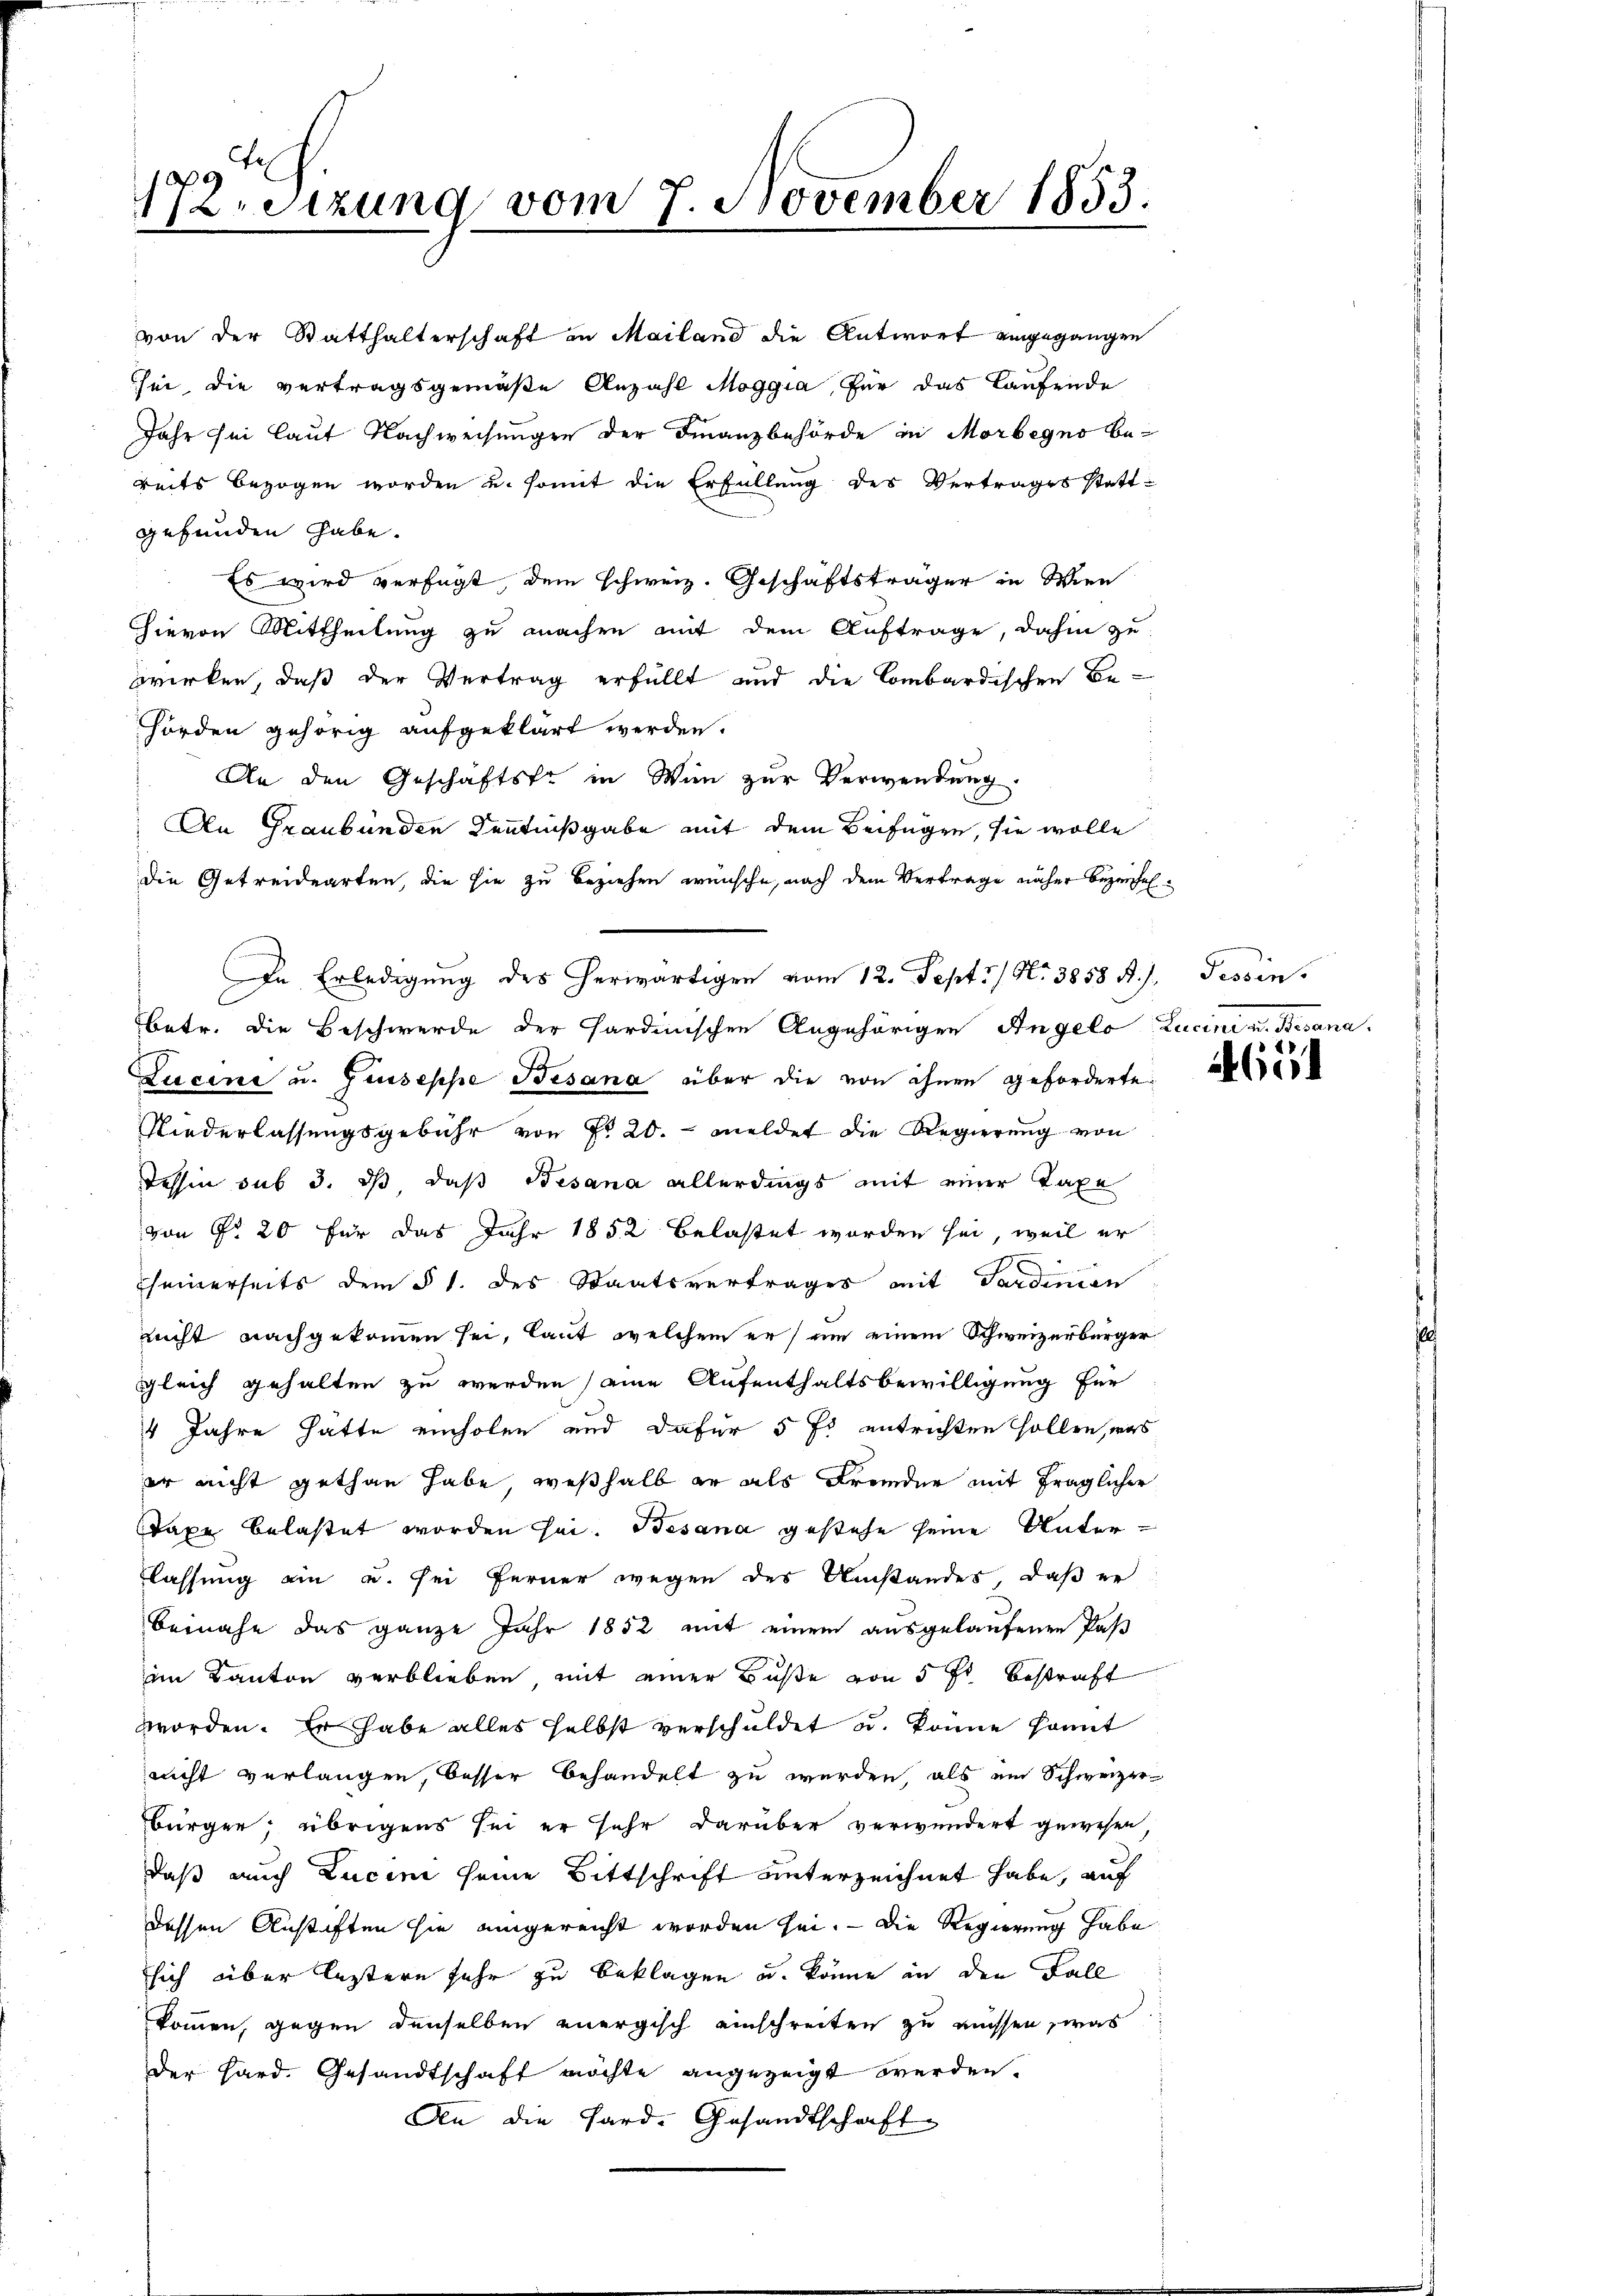
72.sizung vom 7. November 1853.
 4

die Getreidearten, die sie zu beziehen wünsche, nach dem Vertrage näher Bezeichn
betr. die Beschwerde der Sardinischen Angehörigen Angelo Lucini v. Besana.
Lucini u. Giuseppe Besana über die von ihnen geforderte
Niederlassungsgebühr von Fr. 20. meldet die Regierung von
Tessin sub 3. dß daß Besana allerdings mit einer Taxe
von No 20 für das Jahr 1852 belastet worden sei, weil er
seinerseits dem § 1. des Staatsvertrages mit Sardinien
nicht nachgekommen sei, laut welchem er um einem Schweizerbürger
gleich gehalten zu werden eine Aufenthaltsbewilligung für
4 Jahre hatte einholen und dafür 5 fs entrichten sollen, was
er nicht gethan habe, weßhalb er als Fremder mit fraglicher
Taxe belastet worden sei. Besana gestehe seine Unterlassung ein u. sei ferner wegen des Umstandes, daß er
Beinahe das ganze Jahr 1852 mit einem ausgelaufenen Paß
im Kanton verblieben, mit einer Buße von 5 fl bestraft
worden. Er habe alles selbst verschuldet u. könne kannt
nicht verlangen, besser behandelt zu werden, als ein Schweizer-
Bürger; übrigens sei er sehr darüber verwundert gewesen.
daß auch Lucini seine Bittschrift unterzeichnet habe, auf
dessen Anstiften sie eingereicht worden sei. — Die Regierung habe
sich über leztern sehr zu beklagen u. könne in den Fall
kommen, gegen denselben energisch einschreiten zu müssen, was
der Hard. Gesandtschaft möchte angezeigt werden.
An die Hard. Gesandtschaft

von der Statthalterschaft in Mailand die Antwort eingegangen
sei die vertragsgemäße Anzahl Moggia, für das Laufende
Jahr sei laut Nachweisungen der Finanzbehörde in Morbegno be-
reits bezogen worden u. somit die Erfüllung des Vertrages stattgefunden habe.
Es wird verfügt, dem schweiz. Geschäftsträger in Wien
hievon Mittheilung zu machen mit dem Auftrage, dahin zu
wirken, daß der Vertrag erfüllt und die Combardischen Be-
hörden gehörig aufgeklärt werden.
An den Geschäftste in Wie zur Verwendung
An Graubünden Kenntnißgabe mit dem Beifügen, sie wolle

In Erledigung des herwärtigen vom 12. Sept./ No 3858 A.). Tessin,

11
460.